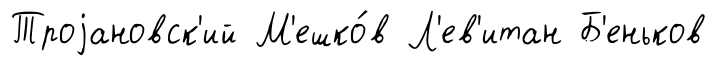
Троjановск'ий М'ешко́в Л'ев'итан Б'еньков